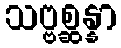
သဗ္ဗစ္ဆန္နာ